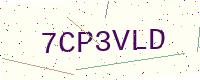
Text: 7CP3VLD